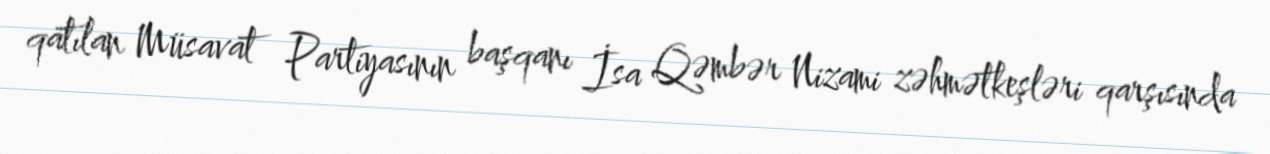
qatılan Müsavat Partiyasının başqanı İsa Qəmbər Nizami zəhmətkeşləri qarşısında